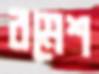
রমেশ